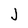
Character: J